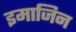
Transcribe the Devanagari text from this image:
इमाजिन